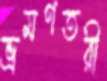
ভ্রমণতরী